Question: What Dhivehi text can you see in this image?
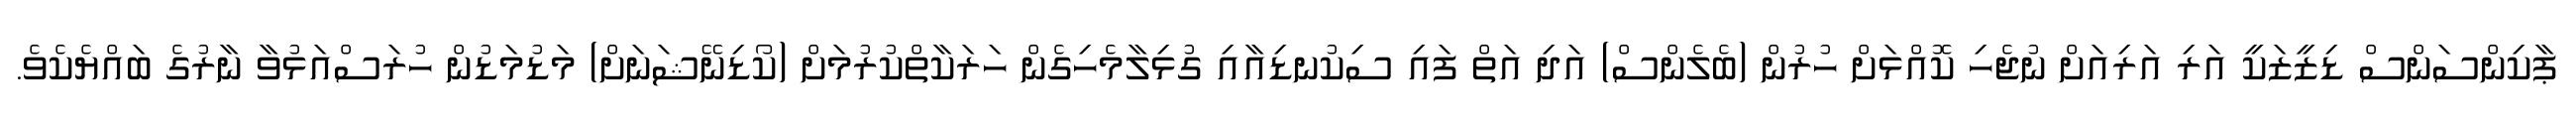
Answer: ޕާކިންސަންސް ޑިޒީޒަކީ އަރި އަރިއަށް ނުޖެހި ކޮއްޅަށް ހުރުން (ބެލެންސް) އަދި އަތް ފައި ސިކުނޑިއާއި ގުޅިލާމެހިގެން ހަރަކާތްކުރުމަށް (ކޯޑިނޭޝަނަށް) މަޑުމަޑުން ހުރަސްއަޅުވާ ނާރުގެ ބައްޔެކެވެ.